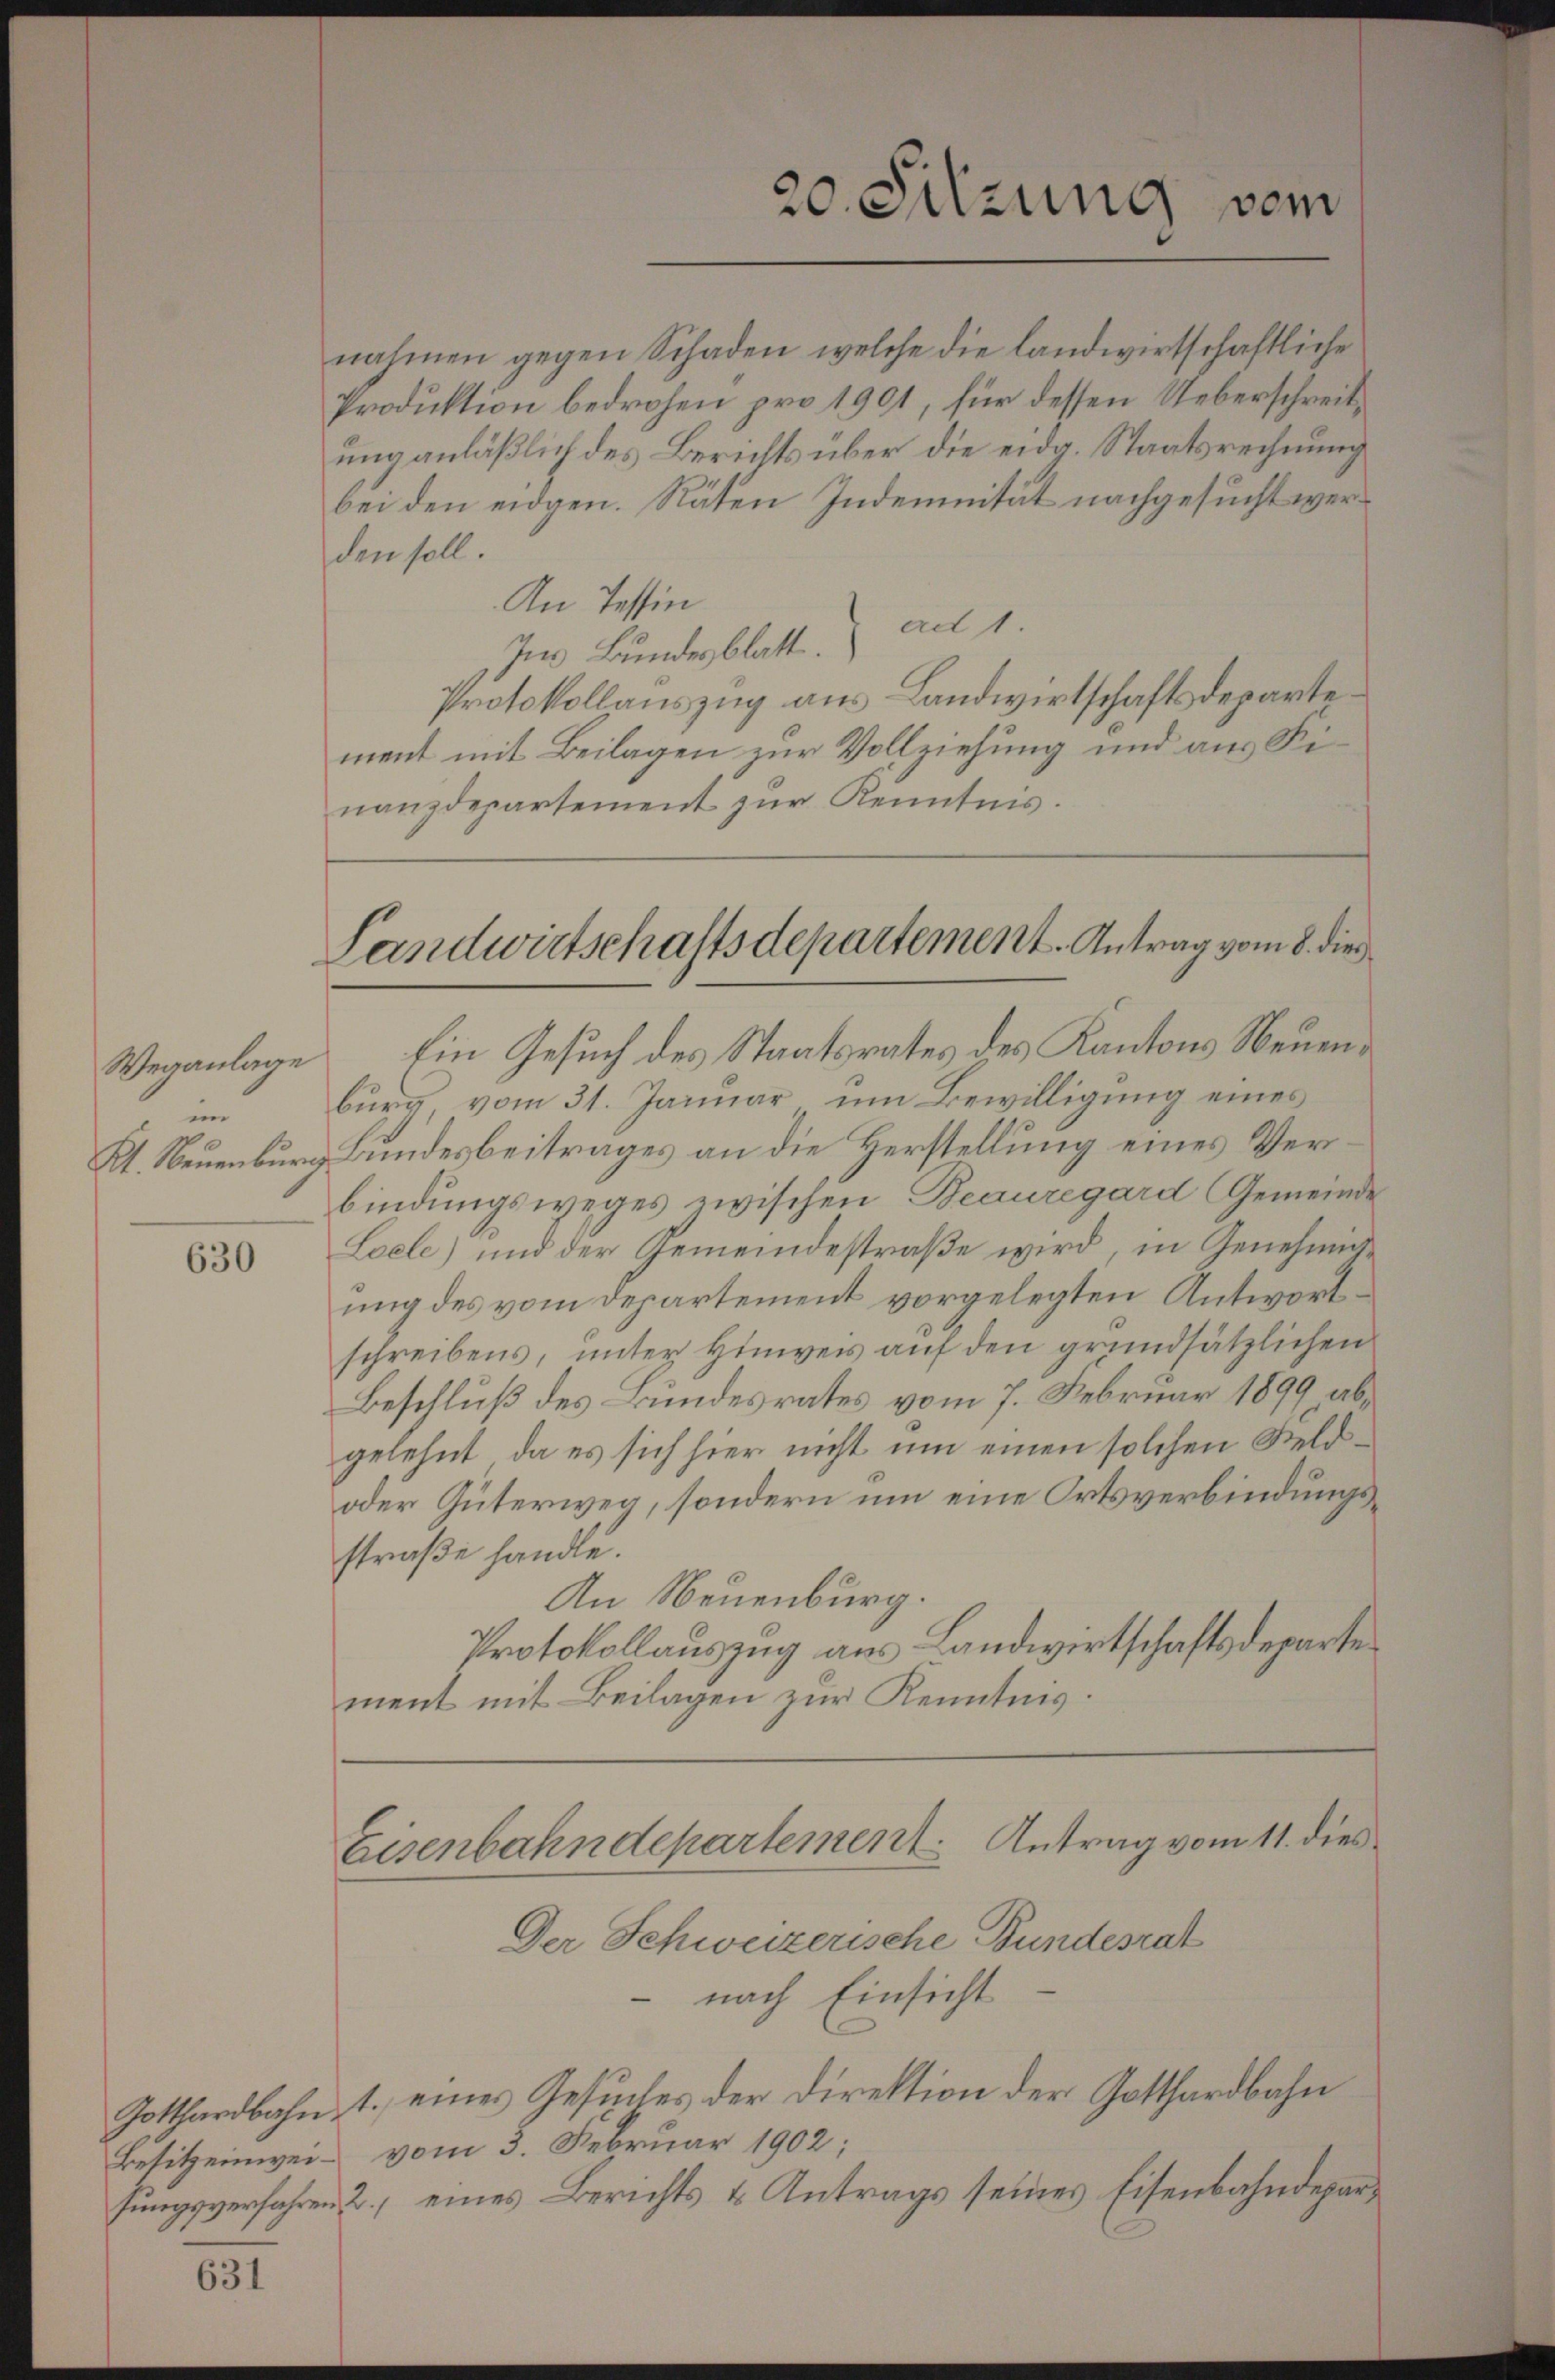
Weganlage
ein
Kt. Neuenburg

630

631

nahmen gegen Schaden, welche die landwirtschaftliche
Produktion bedrohen pro 1901, für dessen Ueberschreitung anläßlich des Berichts über die eidg. Staatsrechnung
bei den eidgen. Räten Indemnität nachgesucht werden soll.
An Tessin
Im Bundesblatt. ad 1.
Protokollauszug aus Landwirtschaftsdepartement mit Beilagen zur Vollziehung und aus Finanzdepartement zŭr Kenntnis.

Ein Gesuch des Staatsrates des Kantons Neuenburg, vom 31. Januar um Bewilligung eines
Bundesbeitrages an die Herstellung eines Verbindungsweges zwischen Beauregard Gemeinde
Loele) und der Gemeindestraße wird, in Genehmiung des vom Departement vorgelegten Antwortschreibens, unter Hinweis auf den grundsätzlichen
Beschluß des Bundesrates vom 7. Februar 1899 abgelehnt, da es sich hier nicht um einen solchen Feld¬
oder Güterweg, sondern um eine Ortsverbindungsstraße handle.
An Neuenburg.
Protokollauszug aus Landwirtschaftsdeparte
ment mit Beilagen zur Kenntnis.
Eisenbahndepartement. Antrag vom 11. dies
Der Schweizerische Bundesrat
nach Einsicht
Gotthardbahn, 1. eines Gesuches der Direktion der Gotthardbahn
Besitzeinwei vom 3. Februar 1902;
sungsverfahren 2. eines Berichts & Antrags seines Eisenbahndepar¬

20. Sitzung vom

Landwirtschaftsdepartement. Antrag vom 8. die